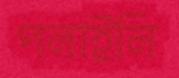
পলাইলি